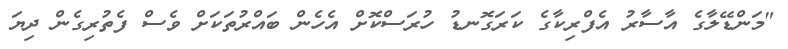
"މަންޑޭލާގެ އާސާރު އެފްރިކާގެ ކަރަގޮނޑު ހުރަސްކޮށް އެހެން ބައްރުތަކަށް ވެސް ފެތުރިގެން ދިޔަ